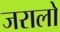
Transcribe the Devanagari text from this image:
जरालो